Annual report on the working of the mental hospitals in the Madras Presidency - 1912-1932
Year: 1912
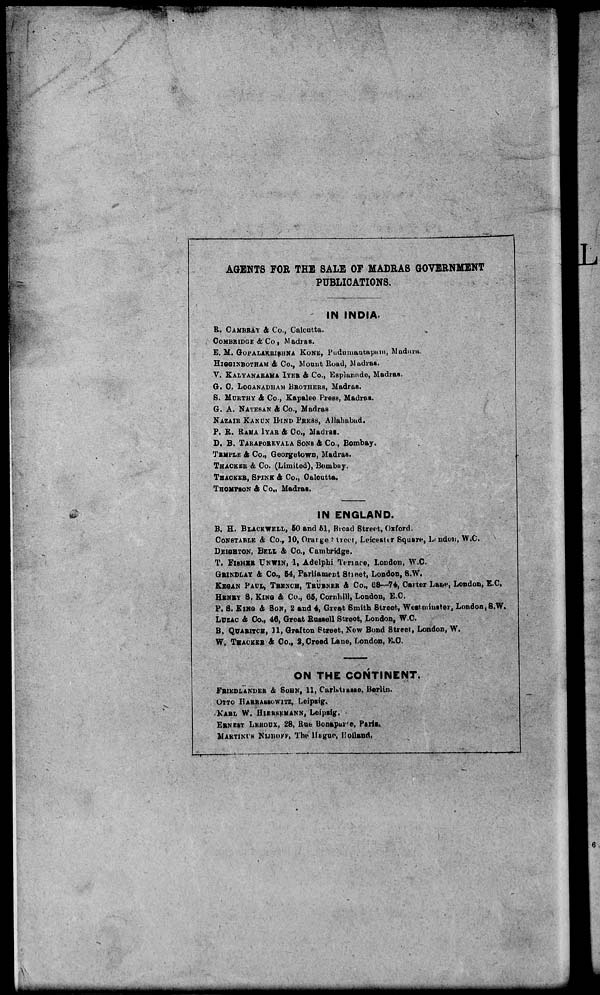
AGENTS FOR THE SALE OP MADRAS GOVERNMENT
PUBLICATIONS.
IN INDIA-
R. CAMBRAY & Co., Calcutta.
COMBRIDGE & Co , Madras.
B. M. GOPAEAKBISHNA KoNE, Piidumantapuiu, Madura.
HIQQINBOTHAM & Co., Monnt Road, Madras.
V. KALYANARAMA IYER & Co., Esplanade, Madras.
G. 0. LOGANADHAM BROTHERS, Madras.
S. MUKTHY & Co., Kapalee Press, Madras.
G. A. NATESAN & Co., Madras
NAZAIB KANU.N IIINI) PRESS, Allahabad.
P. R. RAMA IYAB & Co., Madras.
D. B. TARAPOBKVALA SONS & Co., Bombay.
TEMPLE & Co., Georgetown, Madras.
THACKEB & Co. (Limited), Bombay.
THACKEB, SPIKK & Co., Calcutta.
THOMPSON & Co., Madras.
IN ENGLAND.
B. H. BLACKWELL, 50 and 61, Broad Street, Oxford.
CONSTABLE & Co., 10, Orai ge i treet, Leicester Square, Li ndon, W.C.
v
DEIGHTON, BELL & Co., Cambridge.
T. FISHER UNWIN, 1, Adelphi Ten ace, London, W.C.
GBINDLAY & Co., 64, Parliament Sheet, London, 8.W.
KEGAN PAUL, TBKNCH, TBVBKBB A Co., 68—74, Carter Lane, London, E.C.
HENBY S. KING & Co., 66, Cornhill, London, E.C.
P. S. KING & SON, 2 and 4, Great Smith Street, Westminster, London, 8.W.
LUZAC & Co., 46, Great Russell Stroot, London, W.C.
B. QUABITCH, U, Graf ton Street, Now Bond Street, London, W.
W. THACKEB A Co., 2, Creed Lane, London, E.O.
ON THE CONTINENT.
FBIKDLAMIER & SUIIK, 11, CarUtiasBo, Berlin.
OTTO HARBABBOWITZ, Leipzig.
.KARL W. HIKHSKMANN, Leipsig. -
ERNEST LEHOUX, 28, Rue Uonapar'e, Paris.
MARTINIS NUHOKF, The llcgur, Holland.
-~~
MMM